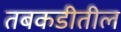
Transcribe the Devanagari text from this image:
तबकडीतील